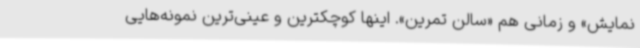
نمایش» و زمانی هم «سالن تمرین». اینها کوچکترین و عینی‌ترین نمونه‌هایی